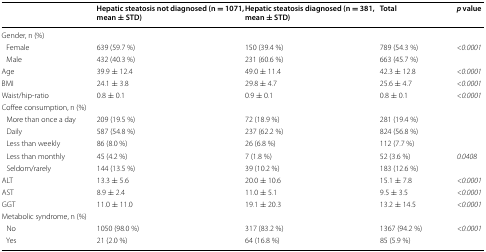
<table><thead><tr><td></td><td><b>Hepatic steatosis not diagnosed (n = 1071, mean ± STD)</b></td><td><b>Hepatic steatosis diagnosed (n = 381, mean ± STD)</b></td><td><b>Total</b></td><td><b><i>p </i>value</b></td></tr></thead><tbody><tr><td colspan="5">Gender, n (%)</td></tr><tr><td> Female</td><td>639 (59.7 %)</td><td>150 (39.4 %)</td><td>789 (54.3 %)</td><td><i>&lt;0.0001</i></td></tr><tr><td> Male</td><td>432 (40.3 %)</td><td>231 (60.6 %)</td><td>663 (45.7 %)</td><td></td></tr><tr><td>Age</td><td>39.9 ± 12.4</td><td>49.0 ± 11.4</td><td>42.3 ± 12.8</td><td><i>&lt;0.0001</i></td></tr><tr><td>BMI</td><td>24.1 ± 3.8</td><td>29.8 ± 4.7</td><td>25.6 ± 4.7</td><td><i>&lt;0.0001</i></td></tr><tr><td>Waist/hip-ratio</td><td>0.8 ± 0.1</td><td>0.9 ± 0.1</td><td>0.8 ± 0.1</td><td><i>&lt;0.0001</i></td></tr><tr><td colspan="5">Coffee consumption, n (%)</td></tr><tr><td> More than once a day</td><td>209 (19.5 %)</td><td>72 (18.9 %)</td><td>281 (19.4 %)</td><td></td></tr><tr><td> Daily</td><td>587 (54.8 %)</td><td>237 (62.2 %)</td><td>824 (56.8 %)</td><td></td></tr><tr><td> Less than weekly</td><td>86 (8.0 %)</td><td>26 (6.8 %)</td><td>112 (7.7 %)</td><td></td></tr><tr><td> Less than monthly</td><td>45 (4.2 %)</td><td>7 (1.8 %)</td><td>52 (3.6 %)</td><td><i>0.0408</i></td></tr><tr><td> Seldom/rarely</td><td>144 (13.5 %)</td><td>39 (10.2 %)</td><td>183 (12.6 %)</td><td></td></tr><tr><td>ALT</td><td>13.3 ± 5.6</td><td>20.0 ± 10.6</td><td>15.1 ± 7.8</td><td><i>&lt;0.0001</i></td></tr><tr><td>AST</td><td>8.9 ± 2.4</td><td>11.0 ± 5.1</td><td>9.5 ± 3.5</td><td><i>&lt;0.0001</i></td></tr><tr><td>GGT</td><td>11.0 ± 11.0</td><td>19.1 ± 20.3</td><td>13.2 ± 14.5</td><td><i>&lt;0.0001</i></td></tr><tr><td colspan="5">Metabolic syndrome, n (%)</td></tr><tr><td> No</td><td>1050 (98.0 %)</td><td>317 (83.2 %)</td><td>1367 (94.2 %)</td><td><i>&lt;0.0001</i></td></tr><tr><td> Yes</td><td>21 (2.0 %)</td><td>64 (16.8 %)</td><td>85 (5.9 %)</td><td></td></tr></tbody></table>